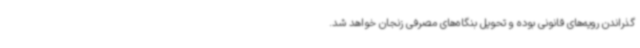
گذراندن رویه‌های قانونی بوده و تحویل بنگاه‌های مصرفی زنجان خواهد شد.